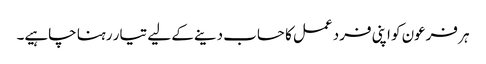
ہر فرعون کو اپنی فرد عمل کا حساب دینے کے لیے تیار رہنا چاہیے۔